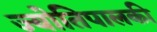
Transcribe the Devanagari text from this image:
ज्योतिपालकी